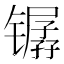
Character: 𫔏